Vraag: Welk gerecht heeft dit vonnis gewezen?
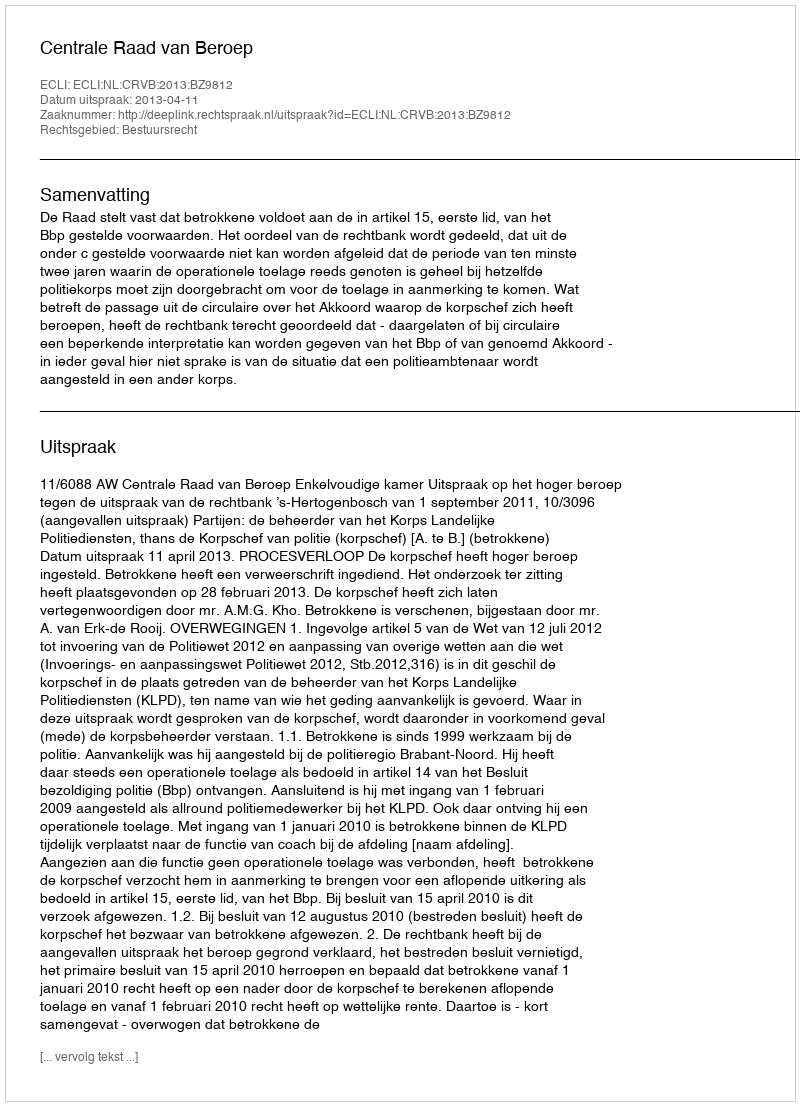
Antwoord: Centrale Raad van Beroep